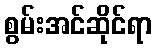
စွမ်းအင်ဆိုင်ရာ